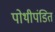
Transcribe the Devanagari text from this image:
पोथीपंडित